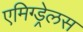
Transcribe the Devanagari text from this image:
एमिग्ड्रेलस